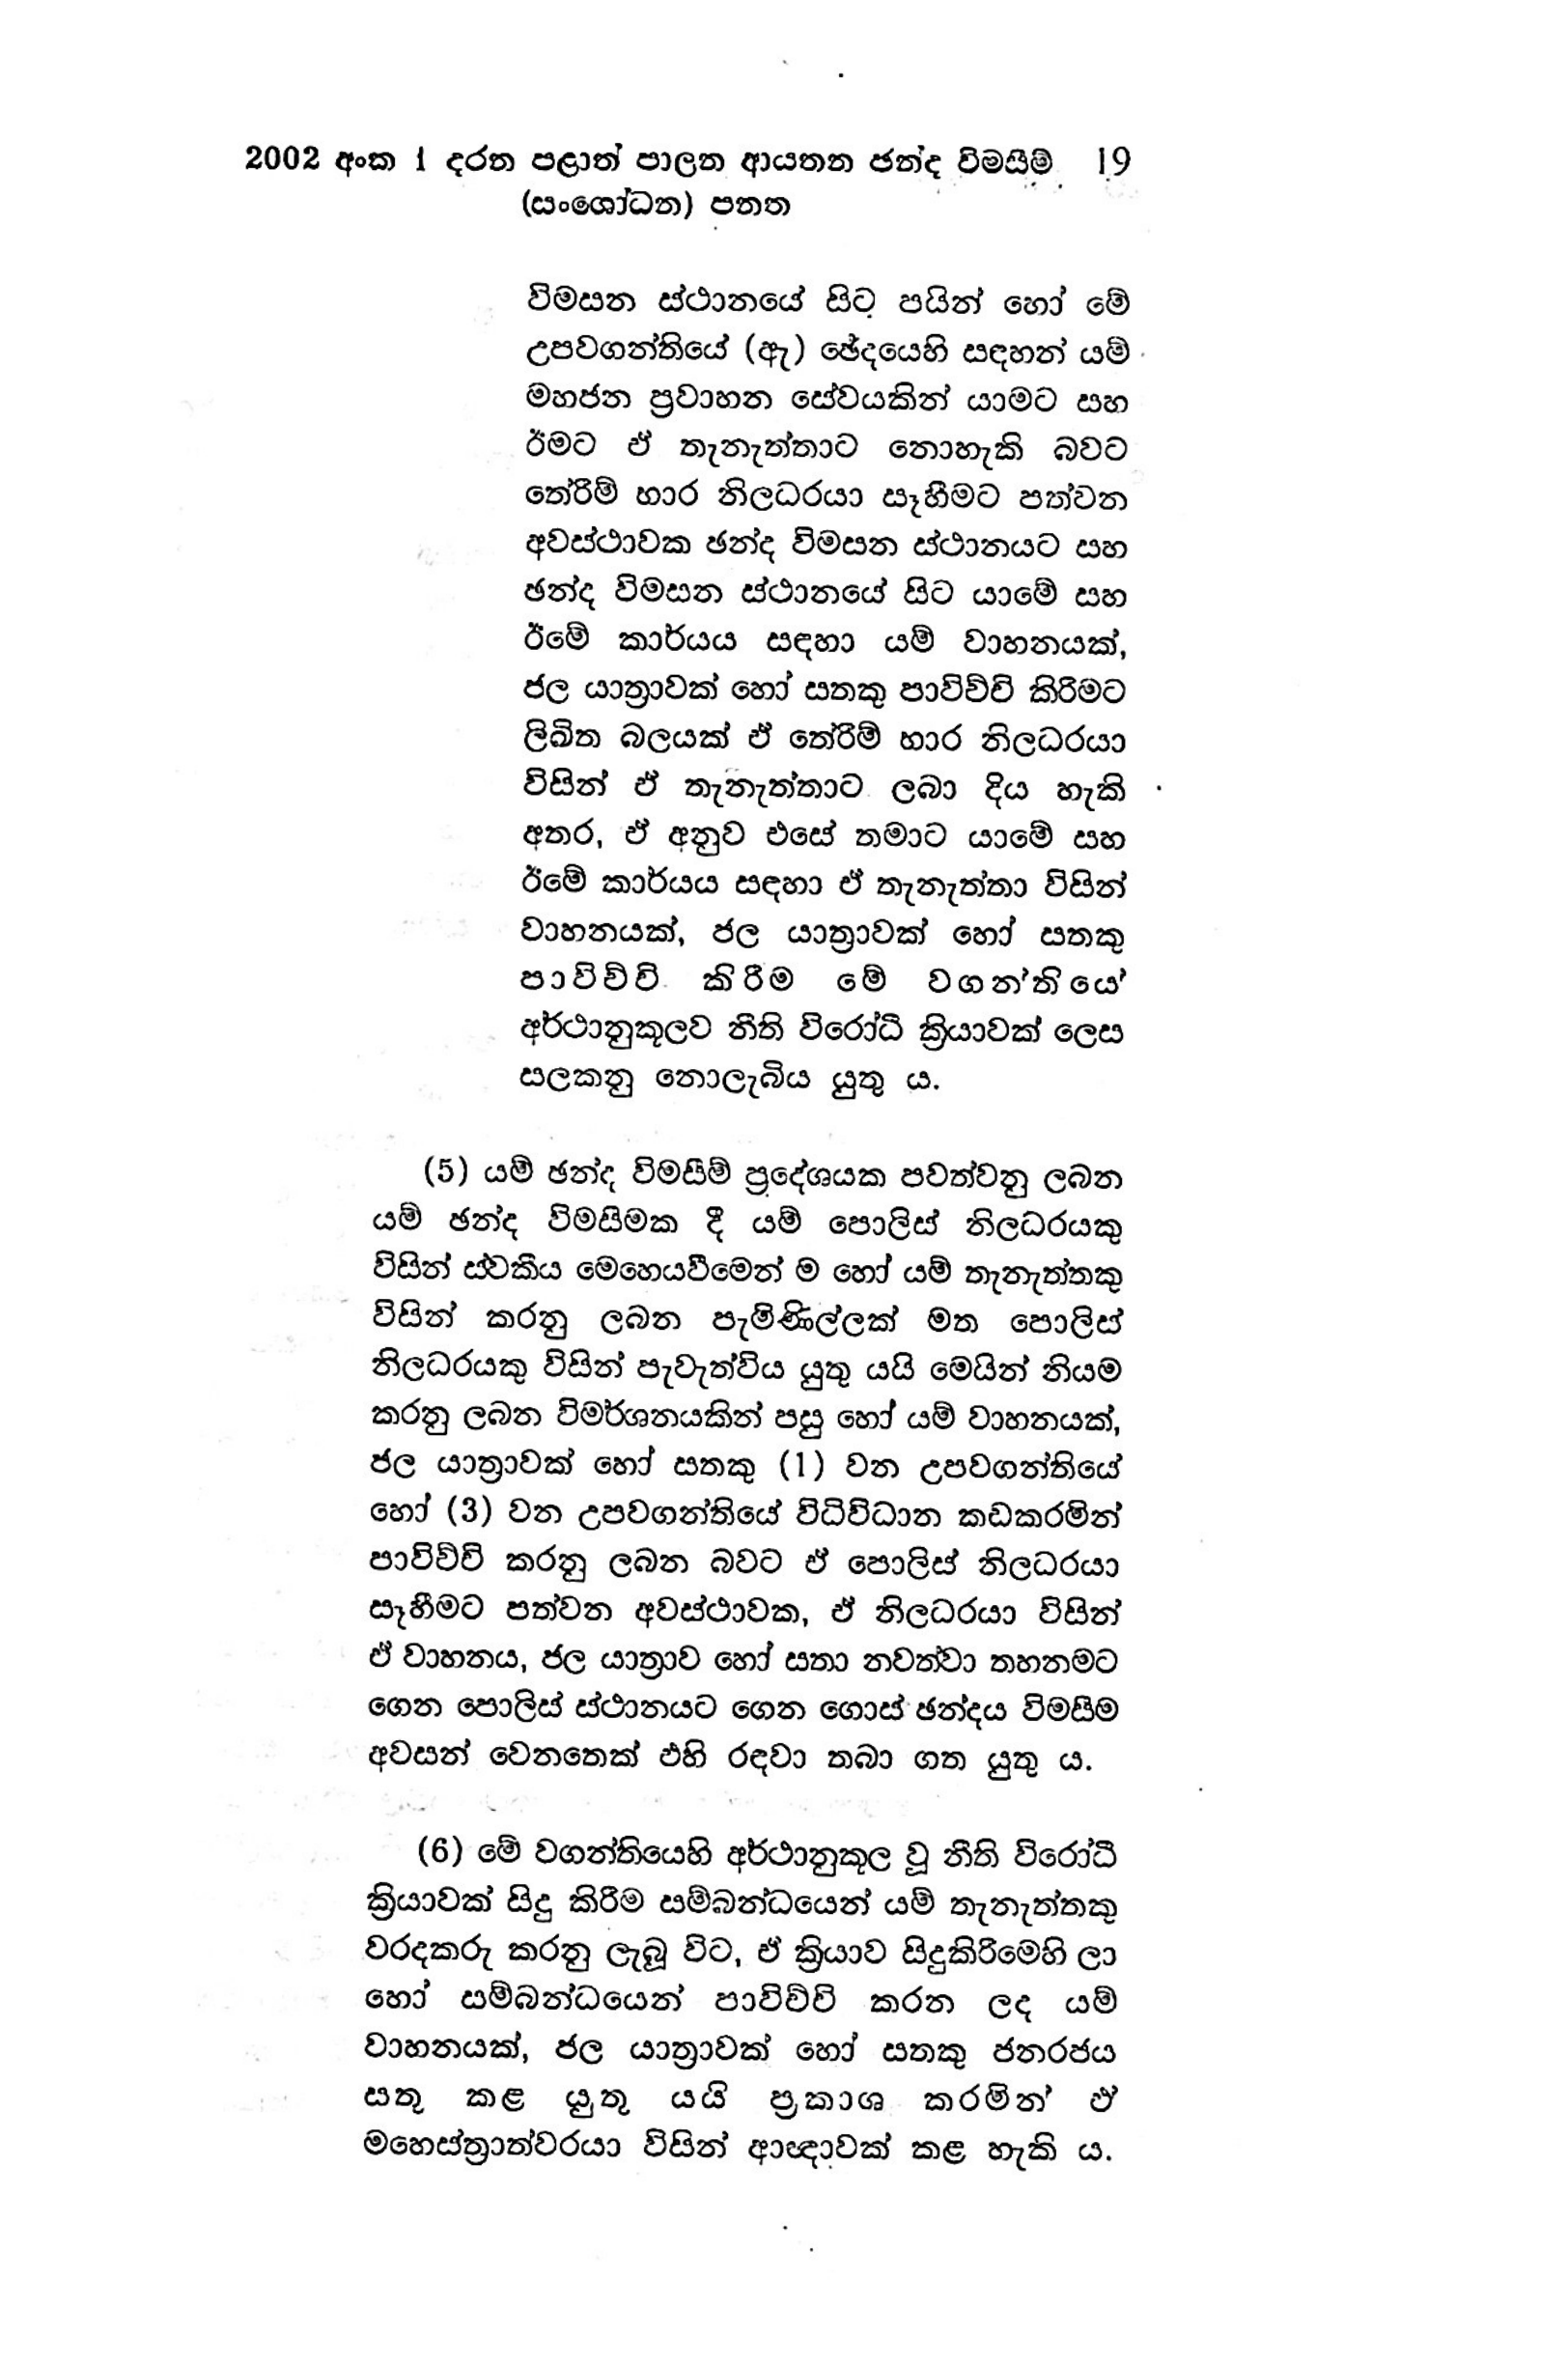
2002 අංක 1 දරන පළාත් පාලන ආයතන ඡන්ද විමසීම් 19
(සංශෝධන) පනත

විමසන ස්ථානයේ සිට පයින් හෝ මේ
උපවගන්තියේ (ඇ) ඡේදයෙහි සඳහන් යම්
මහජන ප්‍රවාහන සේවයකින් යාමට සහ
ඊමට ඒ තැනැත්තාට නොහැකි බවට
තේරීම් භාර නිලධරයා සෑහීමට පත්වන
අවස්ථාවක ඡන්ද විමසන ස්ථානයට සහ
ඡන්ද විමසන ස්ථානයේ සිට යාමේ සහ
ඊමේ කාර්යය සඳහා යම් වාහනයක්,
ජල යාත්‍රාවක් හෝ සතකු පාවිච්චි කිරීමට
ලිඛිත බලයක් ඒ තේරීම් භාර නිලධරයා
විසින් ඒ තැනැත්තාට ලබා දිය හැකි
අතර, ඒ අනුව එසේ තමාට යාමේ සහ
ඊමේ කාර්යය සඳහා ඒ තැනැත්තා විසින්
වාහනයක්, ජල යාත්‍රාවක් හෝ සතකු
පාවිච්චි කිරීම මේ වගන්තියේ
අර්ථානුකූලව නීති විරෝධී ක්‍රියාවක් ලෙස
සලකනු නොලැබිය යුතු ය.

(5) යම් ඡන්ද විමසීම් ප්‍රදේශයක පවත්වනු ලබන
යම් ඡන්ද විමසිමක දී යම් පොලිස් නිලධරයකු
විසින් ස්වකීය මෙහෙයවීමෙන් ම හෝ යම් තැනැත්තකු
විසින් කරනු ලබන පැමිණිල්ලක් මත පොලිස්
නිලධරයකු විසින් පැවැත්විය යුතු යයි මෙයින් නියම
කරනු ලබන විමර්ශනයකින් පසු හෝ යම් වාහනයක්,
ජල යාත්‍රාවක් හෝ සතකු (1) වන උපවගන්තියේ
හෝ (3) වන උපවගන්තියේ විධිවිධාන කඩකරමින්
පාවිච්චි කරනු ලබන බවට ඒ පොලිස් නිලධරයා
සෑහීමට පත්වන අවස්ථාවක, ඒ නිලධරයා විසින්
ඒ වාහනය, ජල යාත්‍රාව හෝ සතා නවත්වා තහනමට
ගෙන පොලිස් ස්ථානයට ගෙන ගොස් ඡන්දය විමසීම
අවසන් වෙනතෙක් ඵහි රඳවා තබා ගත යුතු ය.

(6) මේ වගන්තියෙහි අර්ථානුකූල වූ නීති විරෝධී
ක්‍රියාවක් සිදු කිරීම සම්බන්ධයෙන් යම් තැනැත්තකු
වරදකරු කරනු ලැබූ විට, ඒ ක්‍රියාව සිදුකිරීමෙහි ලා
හෝ සම්බන්ධයෙන් පාවිච්චි කරන ලද යම්
වාහනයක්, ජල යාත්‍රාවක් හෝ සතකු ජනරජය
සතු කළ යුතු යයි ප්‍රකාශ කරමින් ඒ
මහෙස්ත්‍රාත්වරයා විසින් ආඥාවක් කළ හැකි ය.